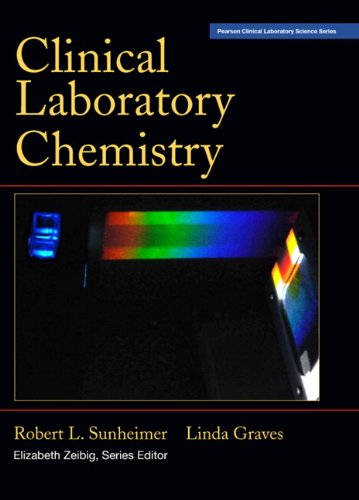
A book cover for Clinical Laboratory Chemistry; Robert L. Sunheimer; Science & Math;